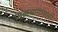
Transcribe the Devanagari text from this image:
फळबागांसाठी